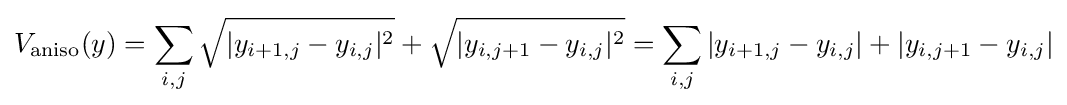
V_{\operatorname {aniso} }(y)=\sum _{i,j}{\sqrt {|y_{i+1,j}-y_{i,j}|^{2}}}+{\sqrt {|y_{i,j+1}-y_{i,j}|^{2}}}=\sum _{i,j}|y_{i+1,j}-y_{i,j}|+|y_{i,j+1}-y_{i,j}|